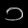
Digit: ၁